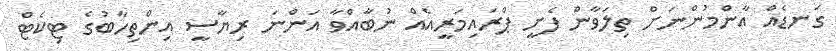
ގަނޑެއް އާންމުންނަށް ތިލަވާން ފެށީ ޕްރައިމަރީއެއް ނުބާއްވާ އަންނަ ރިޔާސީ އިންތިހާބުގެ ޓިކެޓް